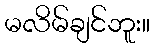
မလိမ်ချင်ဘူး။